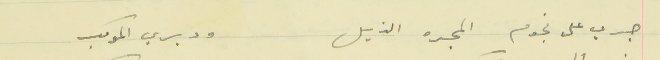
جري على نجوم المجره الذيل                                  ودبري الموكب